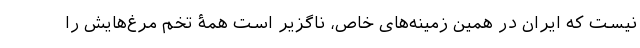
نیست که ایران در همین زمینه‌های خاص، ناگزیر است همۀ تخم مرغ‌هایش را